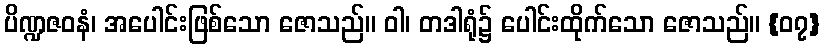
ပိဏ္ဍဇဝနံ၊ အပေါင်းဖြစ်သော ဇောသည်။ ဝါ၊ တဒါရုံ၌ ပေါင်းထိုက်သော ဇောသည်။ {၀၇}